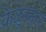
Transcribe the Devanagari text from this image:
केळूस्कर